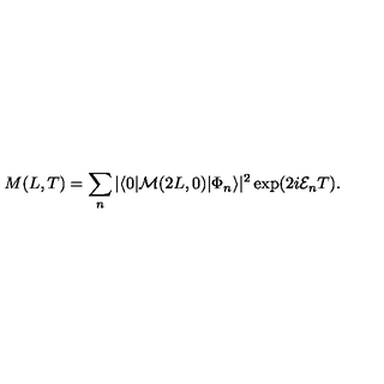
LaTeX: M ( L , T ) = \sum _ { n } | \langle 0 | { \cal M } ( 2 L , 0 ) | \Phi _ { n } \rangle | ^ { 2 } \exp ( 2 i { \cal E } _ { n } T ) .